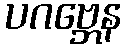
ပဂဗ္ဘေန